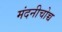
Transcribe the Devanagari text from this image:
मंदनीचोच्च